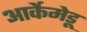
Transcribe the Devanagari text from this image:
आर्केमेडू